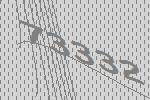
73332